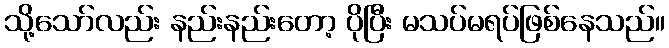
သို့သော်လည်း နည်းနည်းတော့ ပိုပြီး မသပ်မရပ်ဖြစ်နေသည်။